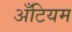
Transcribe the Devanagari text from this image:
अँटियम